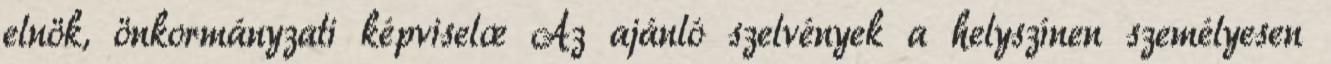
elnök, önkormányzati képviselœ Az ajánló szelvények a helyszínen személyesen